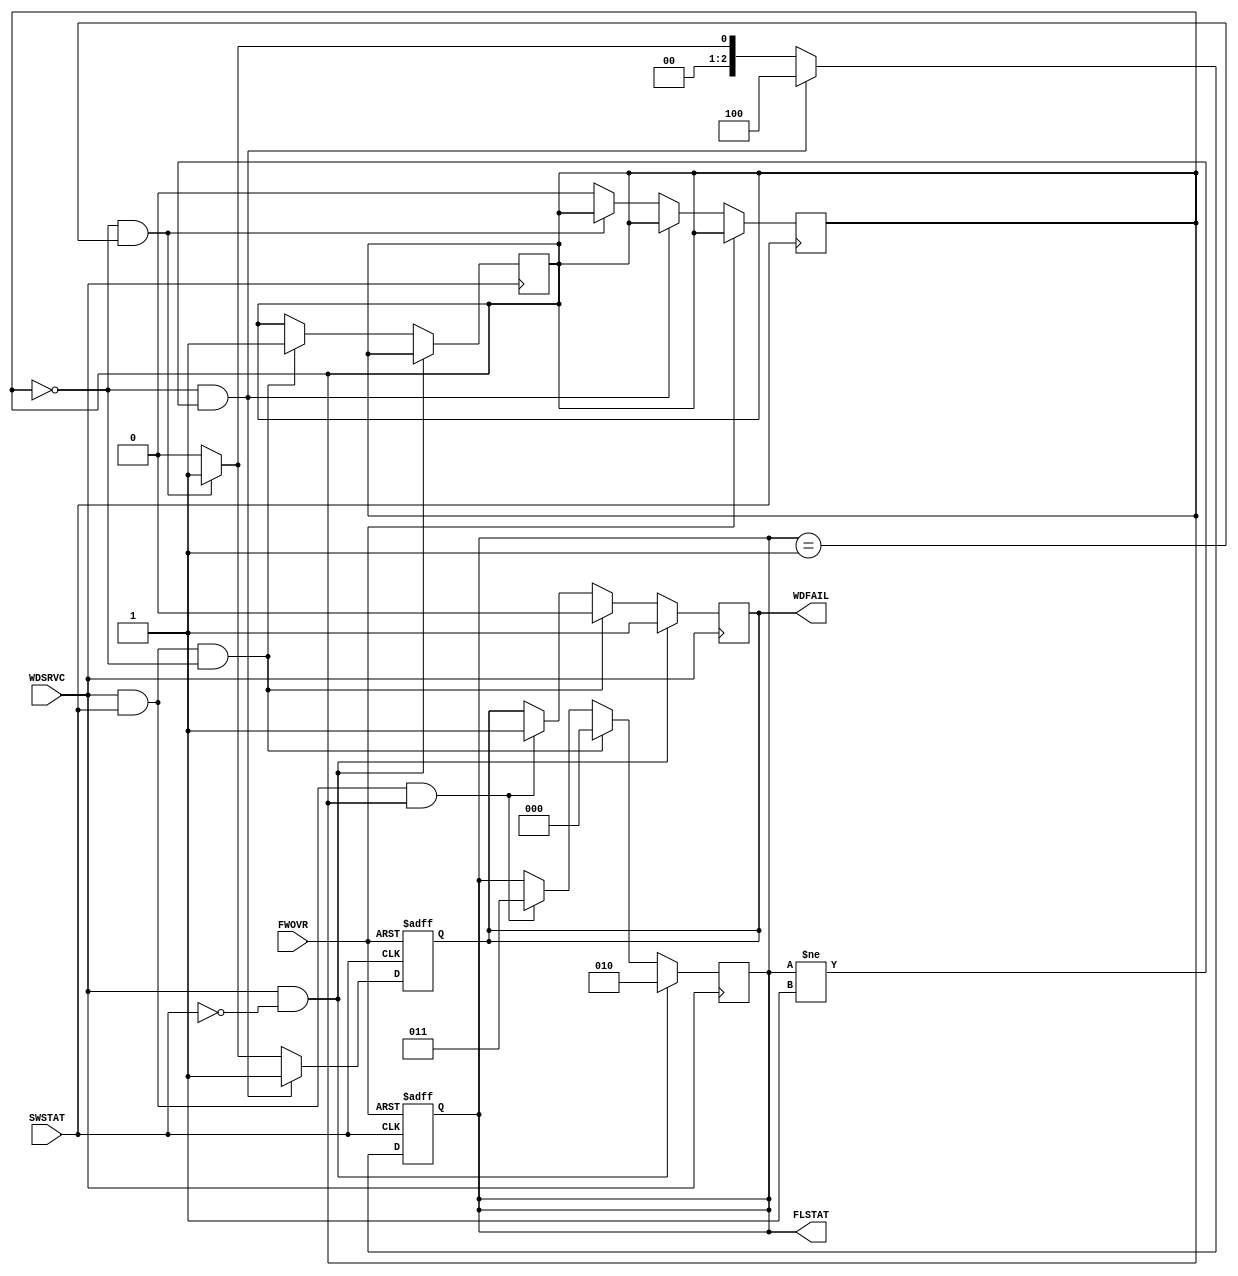
`timescale 1ns / 1ps
//////////////////////////////////////////////////////////////////////////////////
// Company: 
// Engineer: 
// 
// Design Name: 
// Module Name: wd_fail_detector
// Project Name: 
// Target Devices: 
// Tool Versions: 
// Description: 
// 
// Dependencies: 
// 
// Revision:
// Revision 0.01 - File Created
// Additional Comments:
// 
//////////////////////////////////////////////////////////////////////////////////


module wd_fail_detector(
    input SWSTAT,
    input WDSRVC,
    input FWOVR,
    output reg WDFAIL,
    output reg [2:0] FLSTAT
    );
    
    reg SRVC_LMT=1;
    initial 
    begin
        WDFAIL=0;
        FLSTAT=3'b000;
    end
    
    always @(posedge FWOVR or negedge SWSTAT)
    begin
        if(FWOVR==1)
        begin
            WDFAIL <=1;
            FLSTAT <= 3'b001;
        end 
        
        else if(SRVC_LMT==0 && FLSTAT!= 3'b001)
        begin
            WDFAIL<=1;
            FLSTAT<=3'b100;
        end
        
        else if(SRVC_LMT==0 && FLSTAT== 3'b001)
        begin
            WDFAIL<=1;
            FLSTAT<=3'b001;
        end
        
        else
        begin
            SRVC_LMT<=0;
            WDFAIL<=0;
            FLSTAT<=3'b000;
        end
    end    
    
    always @(posedge WDSRVC)
    begin
        if(WDSRVC==1 && SWSTAT == 0)
        begin
            WDFAIL <=1;
            FLSTAT <=3'b010;
        end
        
        else if(WDSRVC==1 && SWSTAT ==1 && SRVC_LMT==0)
        begin
            SRVC_LMT<=1;
            WDFAIL<=0;
            FLSTAT<=3'b000;
        end
        
        else if(WDSRVC ==1 && SWSTAT ==1 && SRVC_LMT==1)
        begin
            WDFAIL<=1;
            FLSTAT<=3'b011;
        end
        
    end
    
endmodule